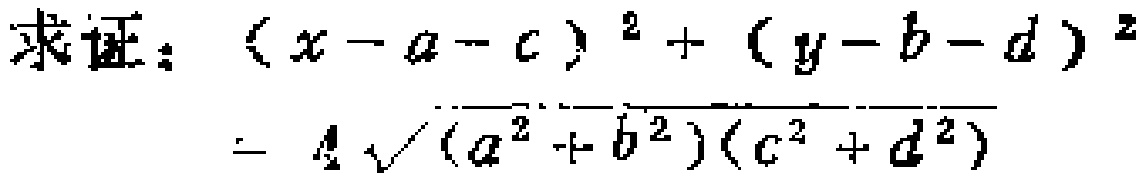
求证：\((x - a - c)^2 + (y - b - d)^2=4\sqrt{(a^{2}+b^{2})(c^{2}+d^{2})}\)